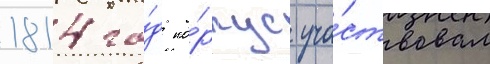
1814 го́д ко́рпус уча́ствовал